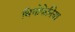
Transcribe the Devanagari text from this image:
थियोफेनिया